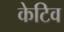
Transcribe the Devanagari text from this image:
केटिव